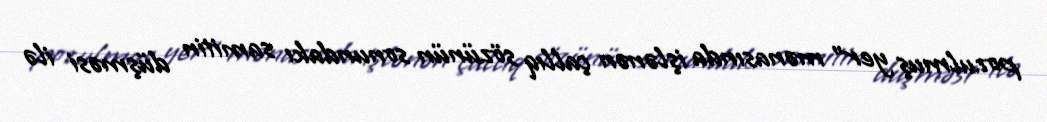
pozulmuş yer" mənasında işlənən çallıq sözünün sonundakı samitin düşməsi ilə